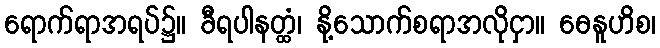
ရောက်ရာအရပ်၌။ ခီရပါနတ္ထံ၊ နို့သောက်စရာအလိုငှာ။ ဓေနူဟိစ၊